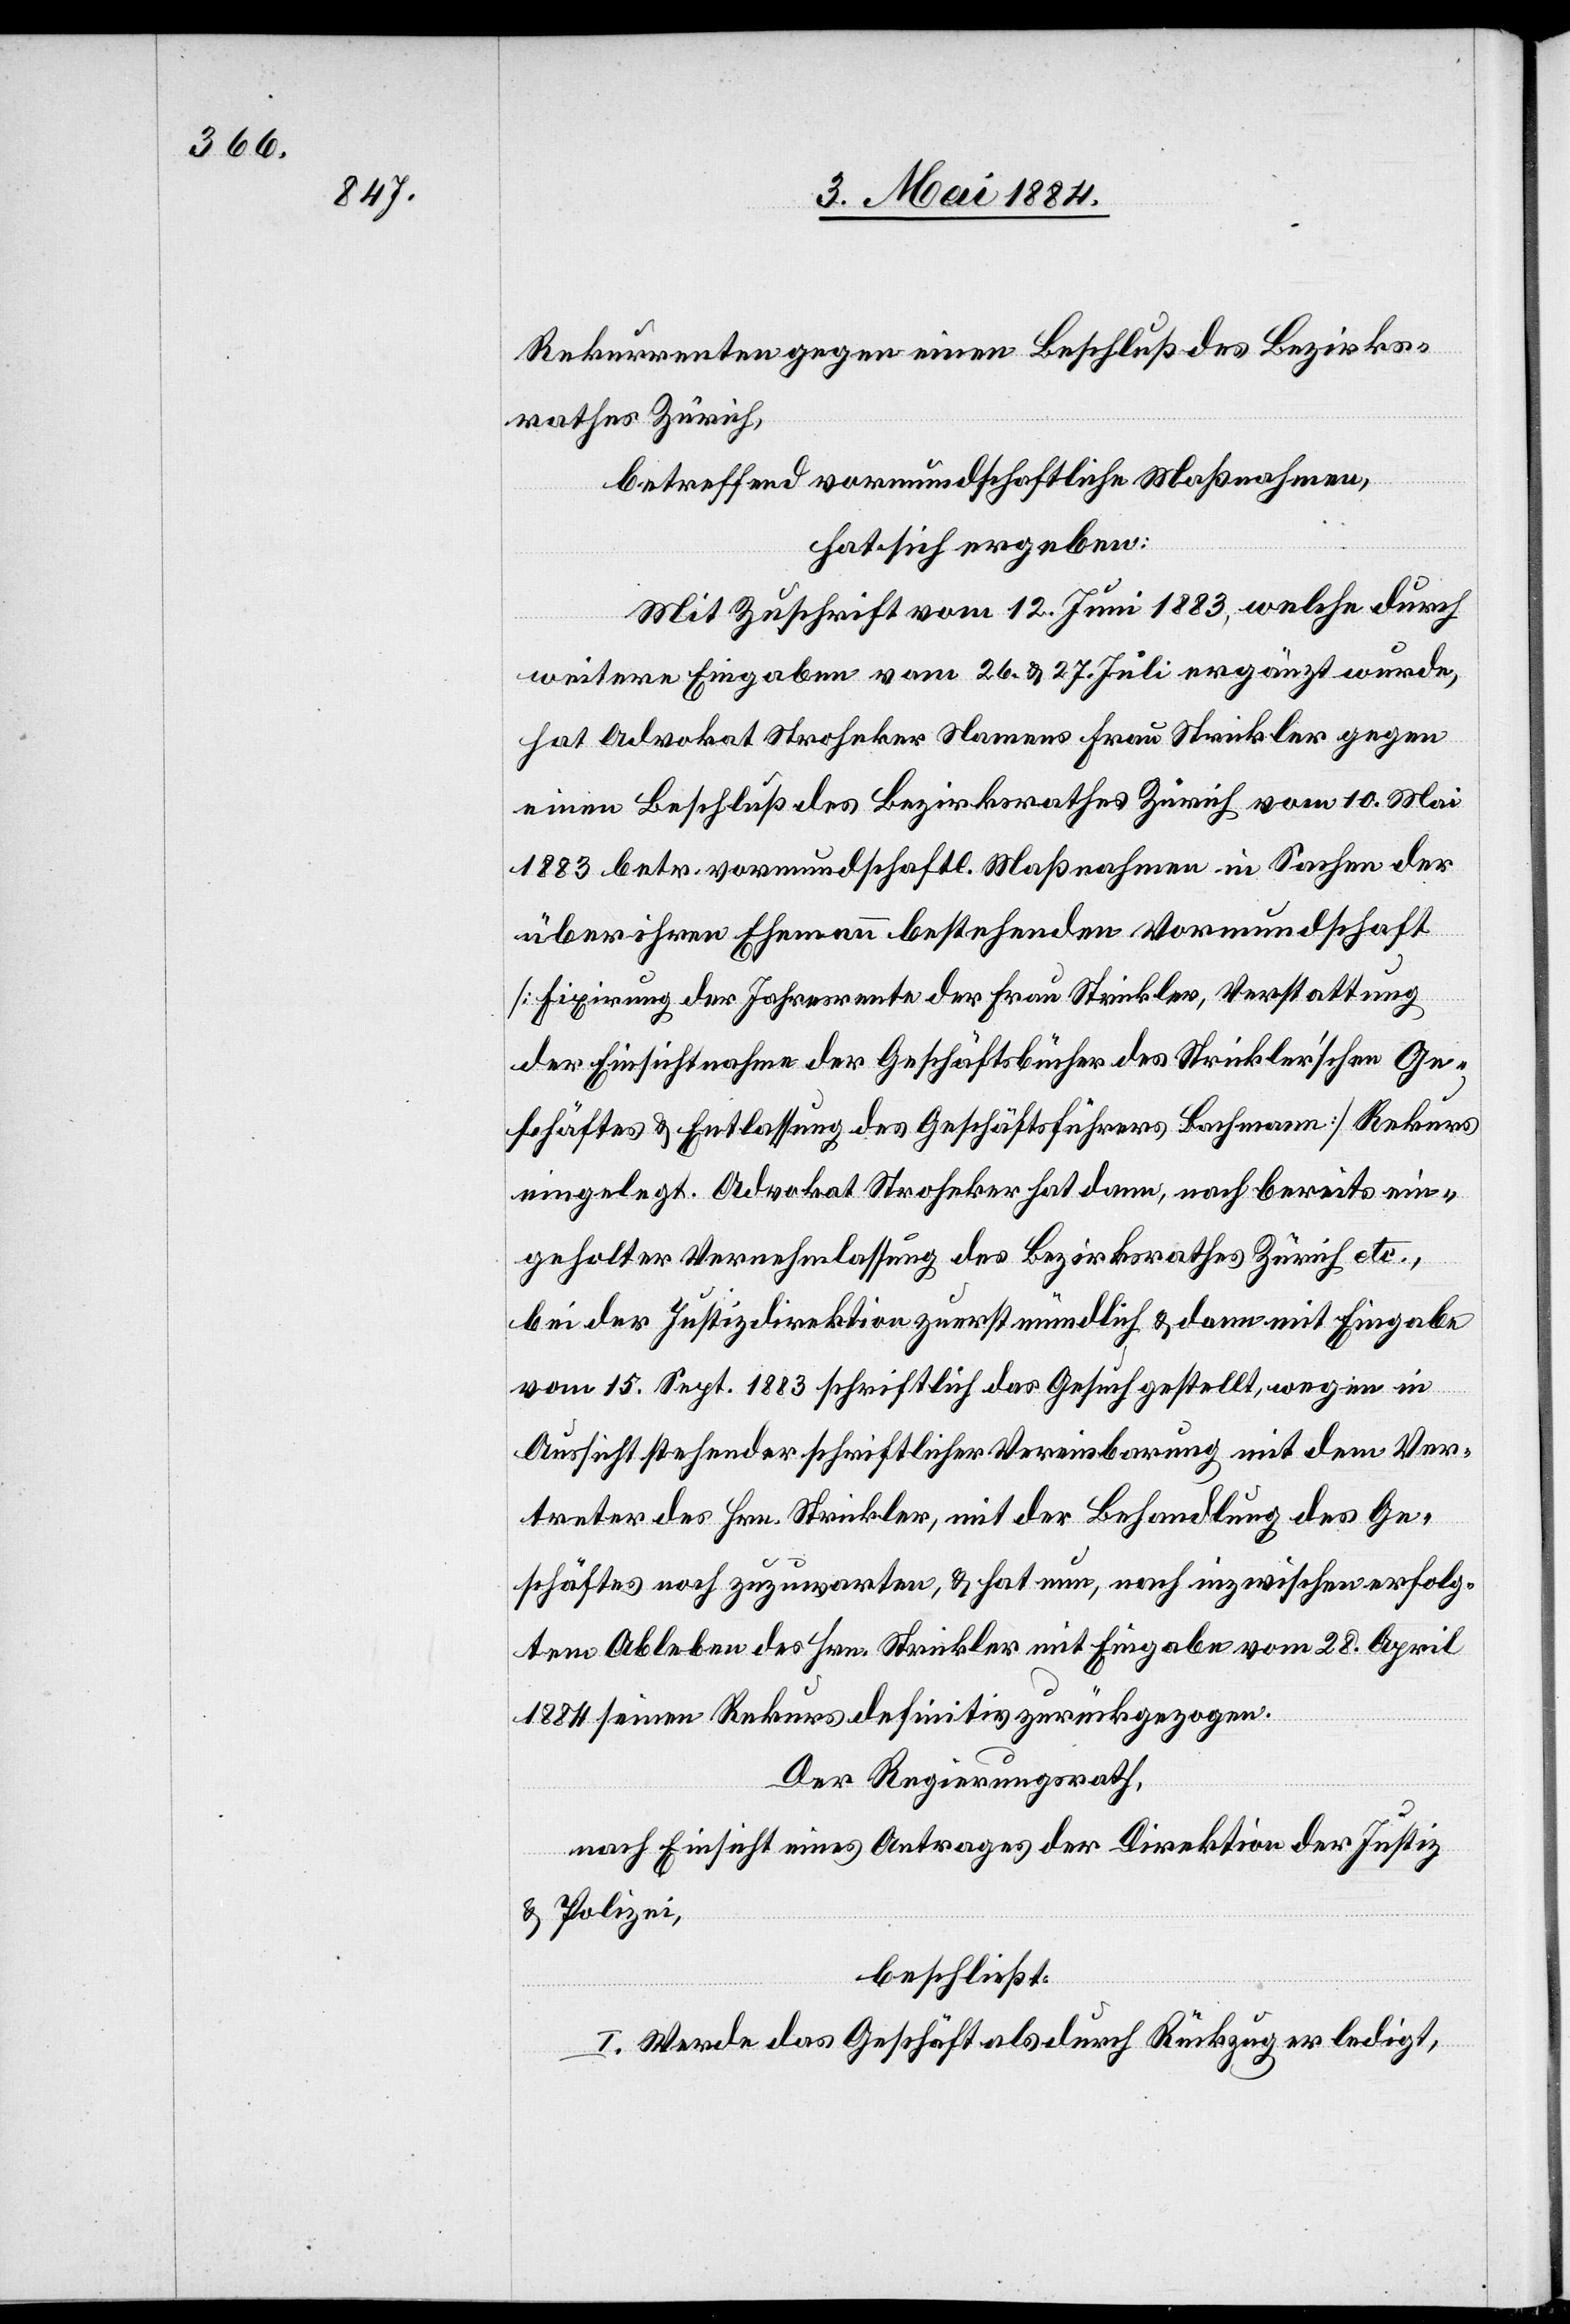
Rekurrenten gegen einen Beschluß des Bezirk¬
rathes Zürich,
betreffend vormundschaftliche Maßnahmen,
hat sich ergeben:
Mit Zuschrift vom 12. Juni 1883, welche durch
weitere Eingaben vom 26. & 27. Juli ergänzt wurde,
hat Advokat Stroheker Namens Frau Strickler gegen
einen Beschluß des Bezirksrathes Zürich vom 10. Mai
1883 betr. vormundschaftl. Maßnahmen in Sachen der
über ihren Ehemann bestehenden Vormundschaft
[Fixirung der Jahresrente der Frau Strickler, Verstattung
der Einsichtnahme der Geschäftsbücher des Strickler’schen Ge¬
schäftes & Entlassung des Geschäftsführers Bachmann] Rekurs
eingelegt. Advokat Stroheker hat dann, nach bereits ein¬
geholter Vernehmlassung des Bezirksrathes Zürich etc.,
bei der Justizdirektion zuerst mündlich & dann mit Eingabe
vom 15. Sept. 1883 schriftlich das Gesuch gestellt, wegen in
Aussicht stehender schriftlicher Vereinbarung mit dem Ver¬
treter des Hrn. Strickler, mit der Behandlung des Ge¬
schäftes noch zuzuwarten, & hat nun, nach inzwischen erfolg¬
tem Ableben des Hrn. Strickler mit Eingabe vom 28. April
1884 seinen Rekurs definitiv zurückgezogen.
Der Regierungsrath,
nach Einsicht eines Antrages der Direktion der Justiz
& Polizei,
beschließt:
I. Werde das Geschäft als durch Rückzug erledigt,